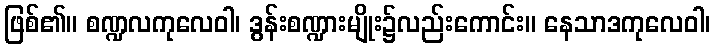
ဖြစ်၏။ စဏ္ဍလကုလေဝါ၊ ဒွန်းစဏ္ဍားမျိုး၌လည်းကောင်း။ နေသာဒကုလေဝါ၊